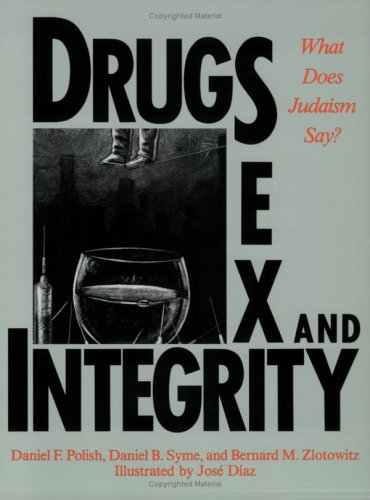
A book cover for Drugs, Sex, and Integrity: What Does Judaism Say; Daniel F. Polish; Teen & Young Adult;